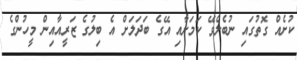
ކުށެއް ގޮތުގައި ނުބެލެވޭ ކަމަށާއި އޭގެ ބަދަލަށް އެ ބިލުގެ ޒަރީއާއިން މީހުންގެ